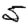
Digit: 5